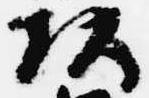
頭